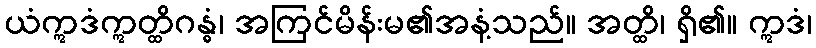
ယံဣဒံဣတ္ထိဂန္ဓံ၊ အကြင်မိန်းမ၏အနံ့သည်။ အတ္ထိ၊ ရှိ၏။ ဣဒံ၊